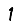
Digit: 1